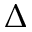
\Delta